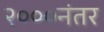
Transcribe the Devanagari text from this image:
२०००नंतर